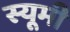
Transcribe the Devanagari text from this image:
स्यूमी